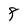
Character: 8